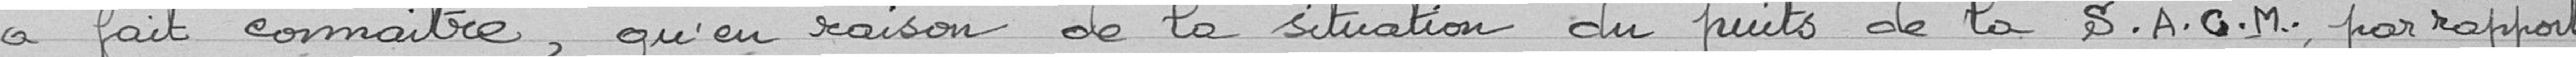
a fait connaître, qu'en raison de la situation du puits de la Société Alsacienne de Constructions Mécaniques par rapport